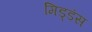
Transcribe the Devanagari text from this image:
मिड्डंस